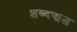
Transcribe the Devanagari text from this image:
शब्दऋद्ध